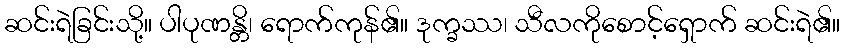
ဆင်းရဲခြင်းသို့။ ပါပုဏန္တိ၊ ရောက်ကုန်၏။ ဒုက္ခဿ၊ သီလကိုစောင့်ရှောက် ဆင်းရဲ၏။